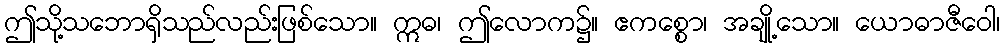
ဤသို့သဘောရှိသည်လည်းဖြစ်သော။ ဣဓ၊ ဤလောက၌။ ဧကစ္စော၊ အချို့သော။ ယောဓာဇီဝေါ၊